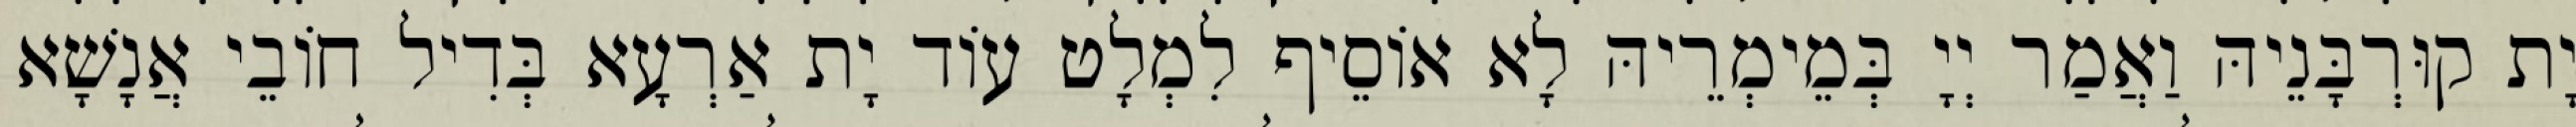
יָת קוּרְבָּנֵיהּ וַאֲמַר יְיָ בְּמֵימְרֵיהּ לָא אוֹסֵיף לִמְלָט עוֹד יָת אַרְעָא בְּדִיל חוֹבֵי אֲנָשָׁא